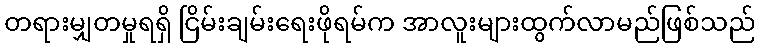
တရားမျှတမှုရရှိ ငြိမ်းချမ်းရေးဖိုရမ်က အာလူးများထွက်လာမည်ဖြစ်သည်